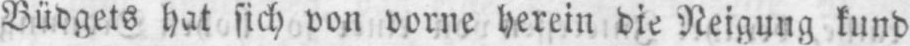
Büdgets hat sich von vorne herein die Neigung kund